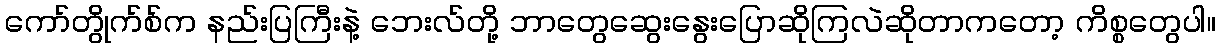
ကော်တွိုက်စ်က နည်းပြကြီးနဲ့ ဘေးလ်တို့ ဘာတွေဆွေးနွေးပြောဆိုကြလဲဆိုတာကတော့ ကိစ္စတွေပါ။